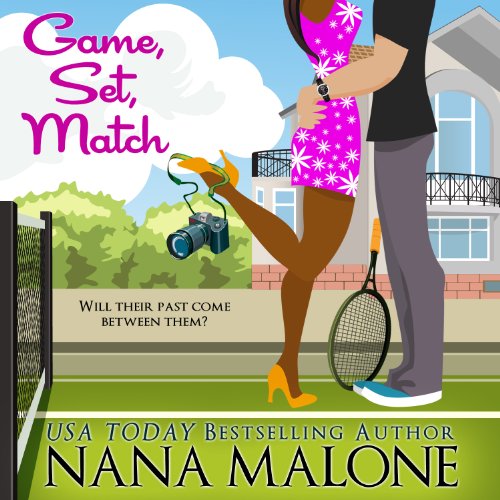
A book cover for Game, Set, Match; Nana Malone; Romance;